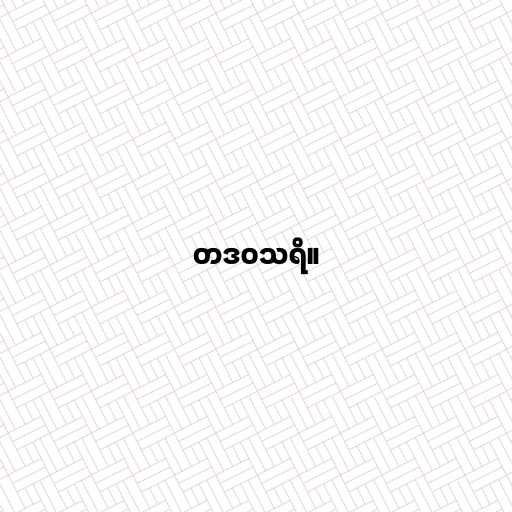
တဒဝသရိ။